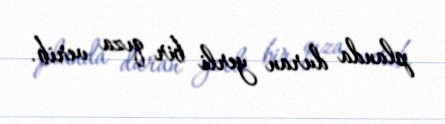
planda duran yerli bir qıza verib.